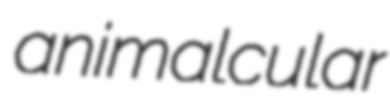
animalcular